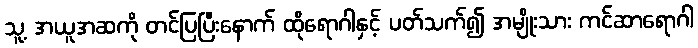
သူ့ အယူအဆကို တင်ပြပြီးနောက် ထိုရောဂါနှင့် ပတ်သက်၍ အမျိုးသား ကင်ဆာရောဂါ